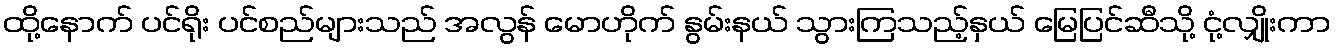
ထို့နောက် ပင်ရိုး ပင်စည်များသည် အလွန် မောဟိုက် နွမ်းနယ် သွားကြသည့်နှယ် မြေပြင်ဆီသို့ ငုံ့လျှိုးကာ